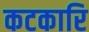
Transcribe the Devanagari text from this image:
कटकारि